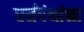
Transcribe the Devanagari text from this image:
धर्मपंथांना